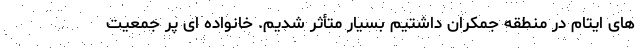
های ایتام در منطقه جمکران داشتیم بسیار متأثر شدیم. خانواده ای پر جمعیت